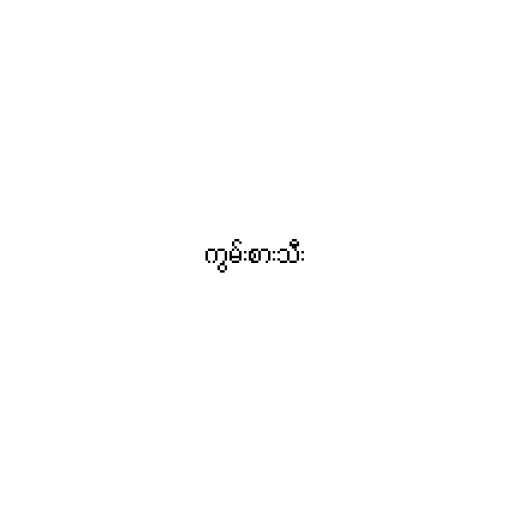
ကွမ်းစားသီး